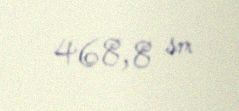
468,8 sm